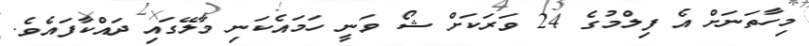
މިހާތަނަށް އެ ފިލްމުގެ 24 ވަރަކަށް ޝޯ ވަނީ ހަމައެކަނި މާލޭގައި ދައްކާފައެވެ.